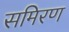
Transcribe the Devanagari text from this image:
समिरण